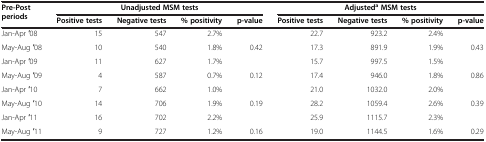
| <ROWSPAN=2> Pre-Post periods | <COLSPAN=4> Unadjusted MSM tests | <COLSPAN=4> AdjustedaMSM tests |
 | Positive tests | Negative tests | % positivity | p-value | Positive tests | Negative tests | % positivity | p-value |
 | --- | --- | --- | --- | --- | --- | --- | --- | --- |
 | Jan-Apr ′08 | 15 | 547 | 2.7% |  | 22.7 | 923.2 | 2.4% |  |
 | May-Aug ′08 | 10 | 540 | 1.8% | 0.42 | 17.3 | 891.9 | 1.9% | 0.43 |
 | Jan-Apr ′09 | 11 | 627 | 1.7% |  | 15.7 | 997.5 | 1.5% |  |
 | May-Aug ′09 | 4 | 587 | 0.7% | 0.12 | 17.4 | 946.0 | 1.8% | 0.86 |
 | Jan-Apr ′10 | 7 | 662 | 1.0% |  | 21.0 | 1032.0 | 2.0% |  |
 | May-Aug ′10 | 14 | 706 | 1.9% | 0.19 | 28.2 | 1059.4 | 2.6% | 0.39 |
 | Jan-Apr ′11 | 16 | 702 | 2.2% |  | 25.9 | 1115.7 | 2.3% |  |
 | May-Aug ′11 | 9 | 727 | 1.2% | 0.16 | 19.0 | 1144.5 | 1.6% | 0.29 |